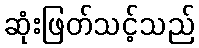
ဆုံးဖြတ်သင့်သည်